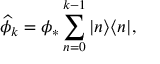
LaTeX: \widehat { \phi } _ { k } = \phi _ { * } \sum _ { n = 0 } ^ { k - 1 } | n \rangle \langle n | ,